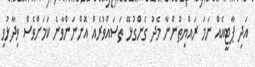
އަދި ޕާޓީއެއް ނަމަ ރައްޔިތުންނާ މެދު ގެންގުޅޭ ތަސައްވުރެއް އޮންނަންވާނެ ކަމަށްވެސް ވިދާޅުވި